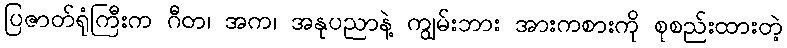
ပြဇာတ်ရုံကြီးက ဂီတ၊ အက၊ အနုပညာနဲ့ ကျွမ်းဘား အားကစားကို စုစည်းထားတဲ့